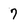
Character: 7